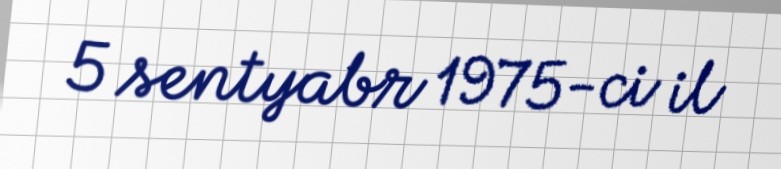
5 sentyabr 1975-ci il